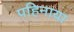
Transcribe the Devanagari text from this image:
पहिनाया